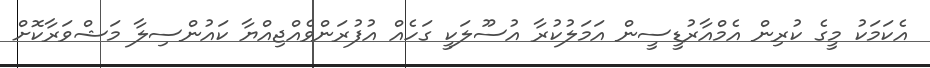
އެކަމަކު މީގެ ކުރިން އެމްއާރުޑީސީން އަމަލުކުރާ އުސޫލަކީ ގަހެއް އުފުރަންވެއްޖިއްޔާ ކައުންސިލާ މަޝްވަރާކޮށް